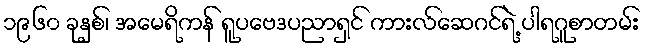
၁၉၆၀ ခုနှစ်၊ အမေရိကန် ရူပဗေဒပညာရှင် ကားလ်ဆေဂင်ရဲ့ ပါရဂူစာတမ်း